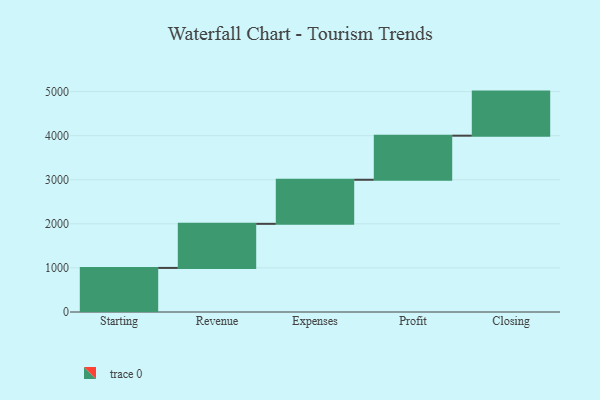
{"axis": {"x": "Step", "y": "Value"}, "legend": [""], "data": [{"x": "Starting", "y": 1000, "type": ""}, {"x": "Revenue", "y": 1000, "type": ""}, {"x": "Expenses", "y": 1000, "type": ""}, {"x": "Profit", "y": 1000, "type": ""}, {"x": "Closing", "y": 1000, "type": ""}]}